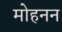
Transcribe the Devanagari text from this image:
मोहनन